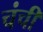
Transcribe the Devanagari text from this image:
चंची